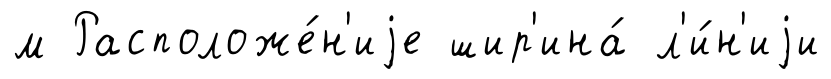
м Расположе́н'иjе шир'ина́ л'и́н'иjи